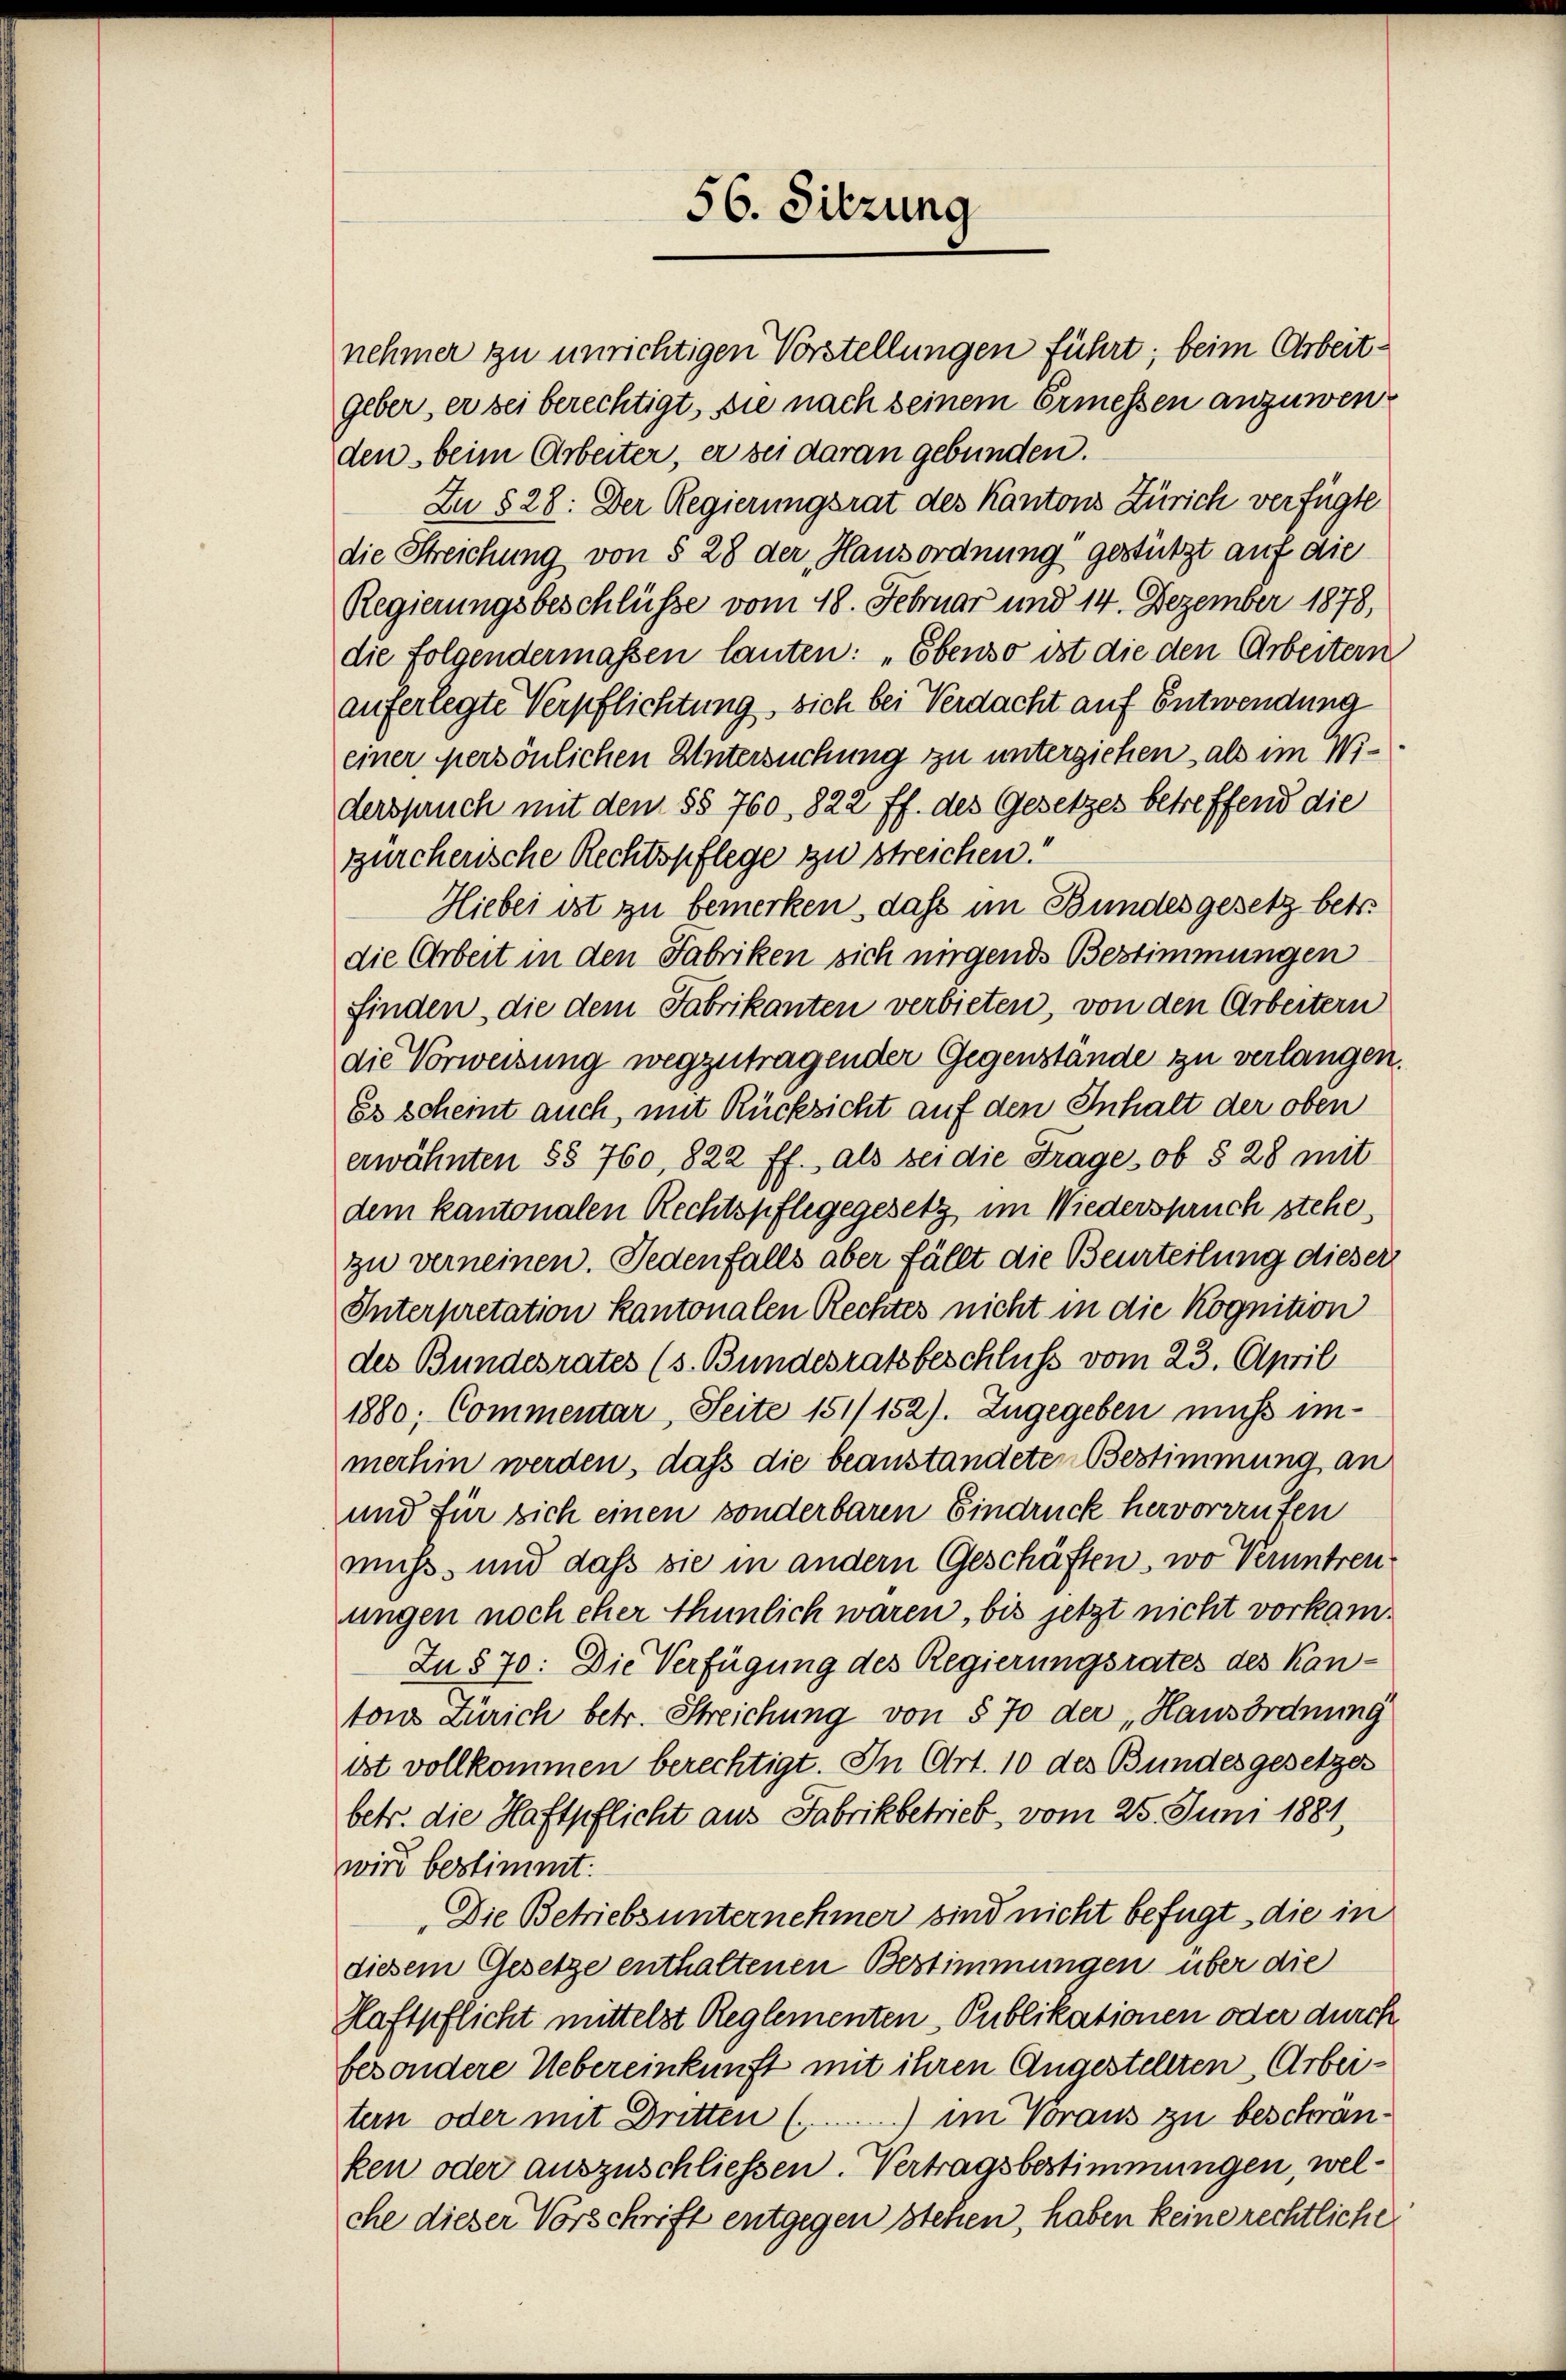
56. Sitzung

nehmer zu unrichtigen Vorstellungen führt; beim Arbeit¬
Geber, er sei berechtigt, sie nach seinem Ermessen anzuwenden beim Arbeiter, er sei daran gebunden.
Zu §28: Der Regierungsrat des Kantons Zürich verfügte
die Streichung von § 28 der Hausordnung gestützt auf die
Regierungsbeschlüsse vom 18. Februar und 14. Dezember 1878,
die folgendermassen lauten: „Ebenso ist die den Arbeitern
auferlegte Verpflichtung sich bei Verdacht auf Entwendung
einer persönlichen Untersuchung zu unterziehen, als im Widerspruch mit dem §§ 760, 822 ff. des Gesetzes betreffend die
zürcherische Rechtspflege zu streichen“
Hiebei ist zu bemerken, dass im Bundesgesetz betr.
die Arbeit in den Fabriken sich nirgends Bestimmungen
finden, die dem Fabrikanten verbieten, von den Arbeitern
die Vorweisung wegzutragender Gegenstände zu verlangen.
Es scheint auch, mit Rücksicht auf den Inhalt der oben
erwähnten §§ 760, 822 ff., als bei die Frage, ob § 28 mit
dem kantonalen Rechtspflegegesetz im Wiederspruch stehe,
zu verneinen. Jedenfalls aber fällt die Beurteilung dieser
Interpretation kantonalen Rechtes nicht in die Kognition
des Bundesrates (s. Bundesratsbeschluss vom 23. April
1880, Commentar, Seite 151/152). Zugegeben muss im
merhin werden, dass die beanstandeten Bestimmung an
und für sich einen sonderbaren Eindruck hervorrenten
muß, und dass sie in andern Geschäften, wo Veruntreu
ungen noch eher thunlich waren, bis jetzt nicht vorkam¬
In § 70: Die Verfügung des Regierungsrates des Kantons Zürich betr. Streichung von § 70 der „Hausordnung
ist vollkommen berechtigt. In Art. 10 des Bundesgesetzes
betr. die Haftpflicht aus Fabrikbetrieb, vom 25. Juni 1881,
wird bestimmt:
Die Betriebs unternehmer sind nicht befügt, die in
diesem Gesetze enthaltenen Bestimmungen über die
Haftpflicht mittelst Reglementen Publikationen oder durch
besondere Uebereinkunft mit ihren Angestellten Arbeitern oder mit Dritten (...) im Voraus zu beschränken oder auszuschliessen. Vertragsbestimmungen, welche dieser Vorschrift entgegen stehen, haben keine rechtliche